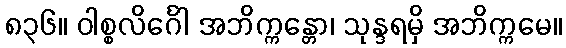
၈၃၆။ ဝါစ္စလိင်္ဂေါ အဘိက္ကန္တော၊ သုန္ဒရမှိ အဘိက္ကမေ။